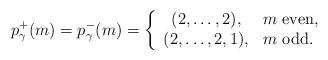
LaTeX: \begin{align*}p_\gamma^+(m) = p_\gamma^-(m) = \left\{\begin{array}{cl} (2,\ldots,2), & \mbox{$m$ even,}\\ (2,\ldots,2,1), & \mbox{$m$ odd.}\end{array}\right.\end{align*}